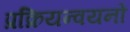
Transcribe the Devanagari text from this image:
प्रक्रियन्वयनों